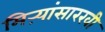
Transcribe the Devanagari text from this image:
मिऱ्यांसारखी